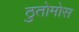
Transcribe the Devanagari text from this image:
ठुतोमोस